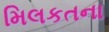
મિલકતના